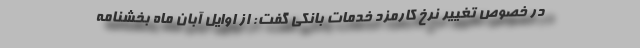
در خصوص تغییر نرخ کارمزد خدمات بانکی گفت: از اوایل آبان ماه بخشنامه